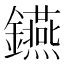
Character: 𨯧